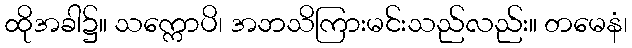
ထိုအခါ၌။ သက္ကောပိ၊ အဘသိကြားမင်းသည်လည်း။ တမေနံ၊